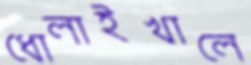
ধোলাইখালে